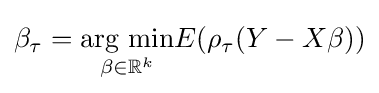
\beta _{\tau }={\underset {\beta \in \mathbb {R} ^{k}}{\mbox{arg min}}}E(\rho _{\tau }(Y-X\beta ))